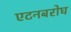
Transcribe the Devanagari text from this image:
एटनबरोघ